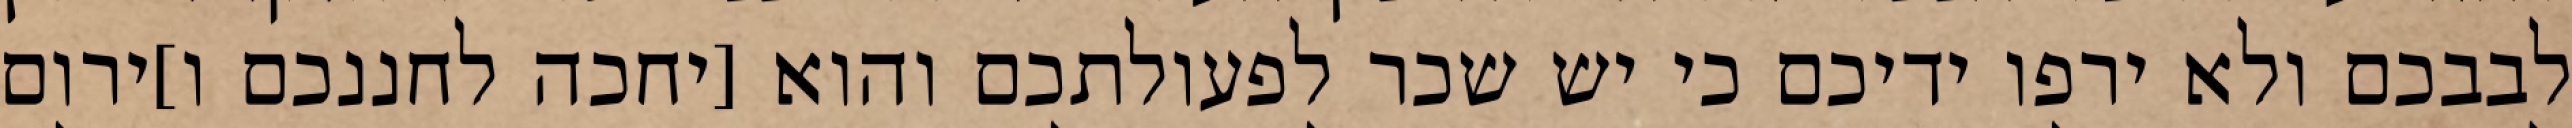
לבבכם ולא ירפו ידיכם כי יש שכר לפעולתכם והוא [יחכה לחננכם ו]ירום